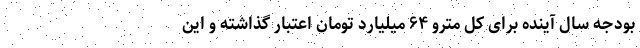
بودجه سال آینده برای کل مترو ۶۴ میلیارد تومان اعتبار گذاشته و این